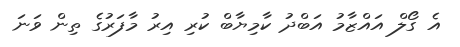
އެ ގޯލް އައްޒާމު އަބްދު ކާމިޔާބް ކުރި އިރު މާފަރުގެ ތިން ވަނަ